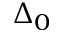
\Delta _ { 0 }